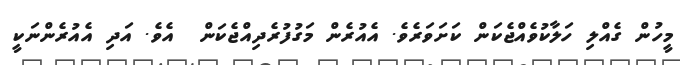
މީހުން ގެއްލި ހަލާކުވެއްޖެކަން ކަށަވަރެވެ. އެއުރެން މަގުފުރެދިއްޖެކަން  އެވެ. އަދި އެއުރެންނަކީ